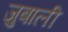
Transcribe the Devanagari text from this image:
ज़ुबाली